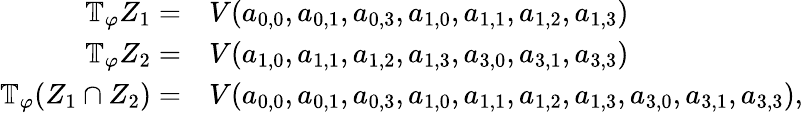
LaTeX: \begin{array}{rl}{\mathbb{T}_{\varphi}Z_{1}=}&{V(a_{0,0},a_{0,1},a_{0,3},a_{1,0},a_{1,1},a_{1,2},a_{1,3})}\\ {\mathbb{T}_{\varphi}Z_{2}=}&{V(a_{1,0},a_{1,1},a_{1,2},a_{1,3},a_{3,0},a_{3,1},a_{3,3})}\\ {\mathbb{T}_{\varphi}(Z_{1}\cap Z_{2})=}&{V(a_{0,0},a_{0,1},a_{0,3},a_{1,0},a_{1,1},a_{1,2},a_{1,3},a_{3,0},a_{3,1},a_{3,3}),}\end{array}